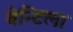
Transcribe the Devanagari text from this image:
वेन्टिला